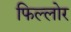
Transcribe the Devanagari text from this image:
फिल्लोर